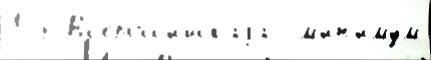
128 Вс'еросс'и́йскаjа  м'и́н'имум